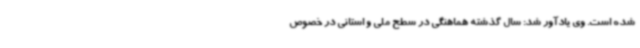
شده است. وی یادآور شد: سال گذشته هماهنگی در سطح ملی و استانی در خصوص